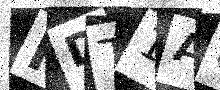
Text: HDT1AO